Annual report on the health of the army in India
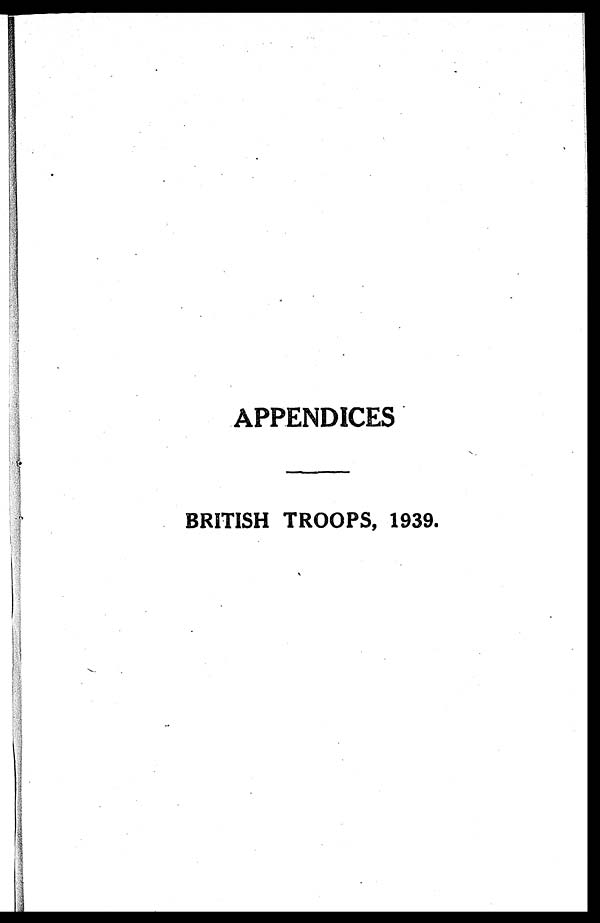
APPENDICES
BRITISH TROOPS, 1939.